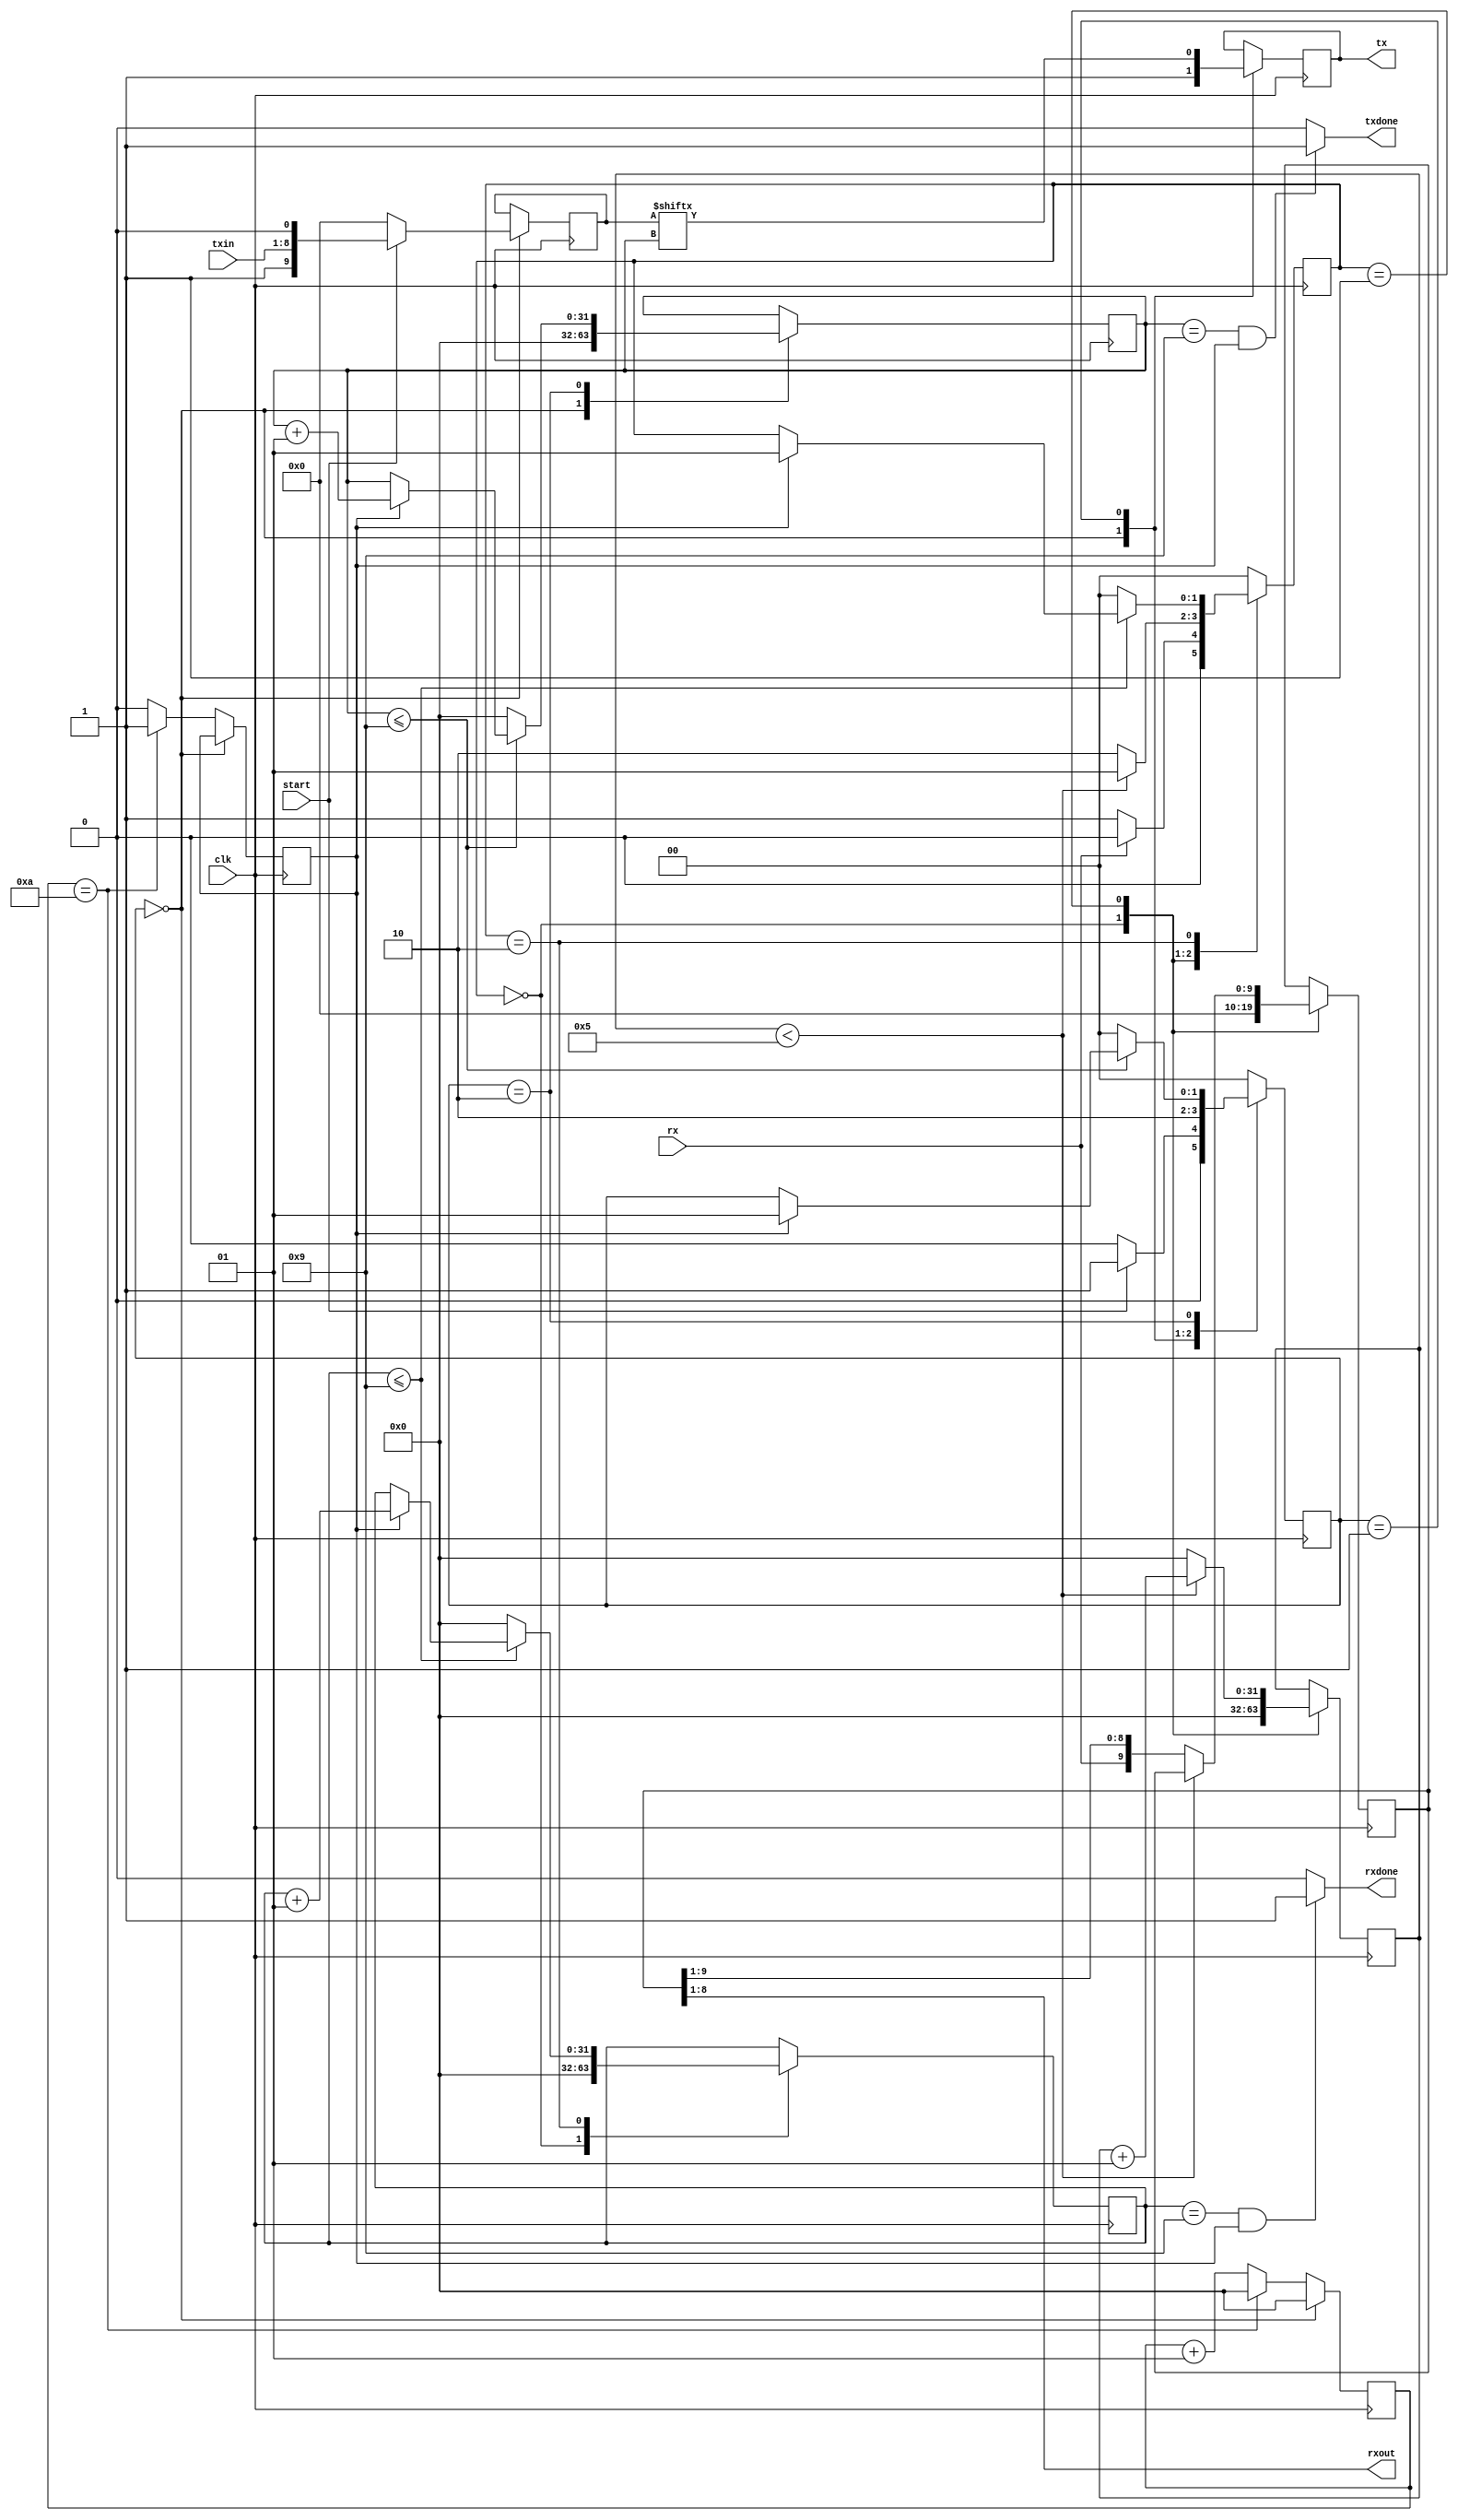
`timescale 1ns / 1ps
//////////////////////////////////////////////////////////////////////////////////
// Company: 
// Engineer: 
// 
// Design Name: 
// Module Name: UART_TX_RX
// Project Name: 
// Target Devices: 
// Tool Versions: 
// Description: 
// 
// Dependencies: 
// 
// Revision:
// Revision 0.01 - File Created
// Additional Comments:
// 
//////////////////////////////////////////////////////////////////////////////////


module UART_TX_RX(
    input clk,
    input start,
    input [7:0] txin,
    output reg tx, 
    input rx,
    output [7:0] rxout,
    output rxdone, txdone
    );
    
 parameter clk_value = 100_000;
 parameter baud = 9600;
 
 parameter wait_count = clk_value / baud;
 
 reg bitDone = 0;
 integer count = 0;
 parameter idle = 0, send = 1, check = 2;
 reg [1:0] state = idle;
 
///////////////////Generate Trigger for Baud Rate
 always@(posedge clk)
 begin
  if(state == idle)
    begin 
    count <= 0;
    end
  else begin
    if(count == wait_count)
       begin
        bitDone <= 1'b1;
        count   <= 0;  
       end
    else
       begin
       count   <= count + 1;
       bitDone <= 1'b0;  
      end    
  end
 
 end
 
 ///////////////////////TX Logic
 reg [9:0] txData;///stop bit data start
 integer bitIndex = 0; ///reg [3:0];
 reg [9:0] shifttx = 0;
 
 
 always@(posedge clk)
 begin
 case(state)
 idle : 
     begin
           tx       <= 1'b1;
           txData   <= 0;
           bitIndex <= 0;
           shifttx  <= 0;
           
            if(start == 1'b1)
              begin
                txData <= {1'b1,txin,1'b0};
                state  <= send;
              end
            else
              begin           
               state <= idle;
              end
     end
 
  send: begin
           tx       <= txData[bitIndex];
           state    <= check;
           shifttx  <= {txData[bitIndex], shifttx[9:1]};
  end 
  
  check: 
  begin
       
           
               if(bitIndex <= 9) ///0 - 9 = 10
                  begin
                    if(bitDone == 1'b1)
                     begin
                     state <= send;
                     bitIndex <= bitIndex + 1;
                     end
                 end
                else
                begin
                state <= idle;
                bitIndex <= 0;
                end
            end
 
 default: state <= idle;
 
 endcase
 
 end
 
assign txdone = (bitIndex == 9 && bitDone == 1'b1) ? 1'b1 : 1'b0;
 
 
 ////////////////////////////////RX Logic
 integer rcount = 0;
 integer rindex = 0;
 parameter ridle = 0, rwait = 1, recv = 2, rcheck = 3;
 reg [1:0] rstate;
 reg [9:0] rxdata;
 always@(posedge clk)
 begin
 case(rstate)
 ridle : 
     begin
      rxdata <= 0;
      rindex <= 0;
      rcount <= 0;
        
         if(rx == 1'b0)
          begin
           rstate <= rwait;
          end
         else
           begin
           rstate <= ridle;
           end
     end
     
rwait : 
begin
      if(rcount < wait_count / 2)
         begin
          rcount <= rcount + 1;
          rstate <= rwait;
         end
     else
       begin
          rcount <= 0;
          rstate <= recv;
          rxdata <= {rx,rxdata[9:1]}; 
       end
end
 
 
recv : 
begin
     if(rindex <= 9) 
      begin
      if(bitDone == 1'b1) 
        begin
        rindex <= rindex + 1;
        rstate <= rwait;
        end
      end
      else
        begin
        rstate <= ridle;
        rindex <= 0;
        end
end
 
 
default : rstate <= ridle;
 
 
 endcase
 end
 
 
assign rxout = rxdata[8:1]; 
assign rxdone = (rindex == 9 && bitDone == 1'b1) ? 1'b1 : 1'b0;
 
 
 endmodule